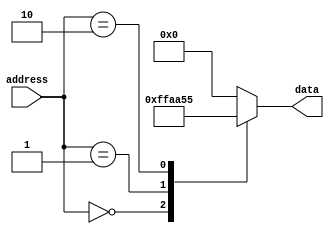
module rom(
    input [7:0] address,
    output reg [7:0] data
);

// Behavioral modeling block for a ROM
always @(*) begin
    case(address)
        8'h00: data = 8'hFF; // Data at address 0
        8'h01: data = 8'hAA; // Data at address 1
        8'h02: data = 8'h55; // Data at address 2
        default: data = 8'h00; // Default data
    endcase
end

endmodule